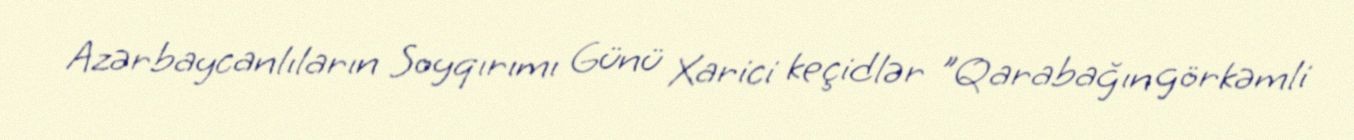
Azərbaycanlıların Soyqırımı Günü Xarici keçidlər "Qarabağın görkəmli